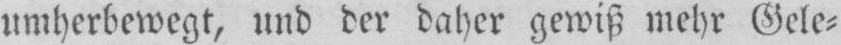
umherbewegt, und der daher gewiß mehr Gele⸗